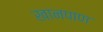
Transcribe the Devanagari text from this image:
खानपाण